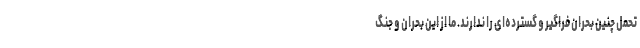
تحمل چنین بحران فراگیر و گسترده‌ای را ندارند. ما از این بحران و جنگ